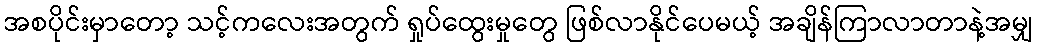
အစပိုင်းမှာတော့ သင့်ကလေးအတွက် ရှုပ်ထွေးမှုတွေ ဖြစ်လာနိုင်ပေမယ့် အချိန်ကြာလာတာနဲ့အမျှ